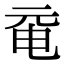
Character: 𠀻